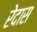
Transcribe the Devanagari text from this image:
रेदास